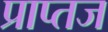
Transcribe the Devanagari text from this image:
प्राप्तज